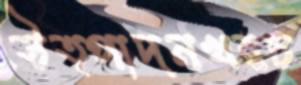
উত্পাদনখরচ